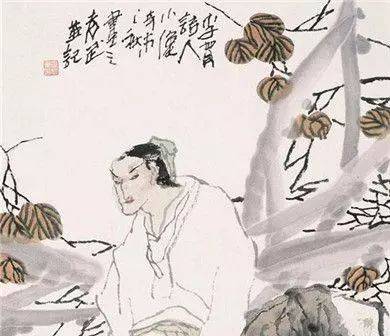
停杯投箸不能食，拔剑四顾心茫然。